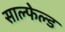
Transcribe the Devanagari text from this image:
साल्फेल्ड